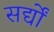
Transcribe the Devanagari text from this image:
सर्द्यों